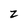
Character: z